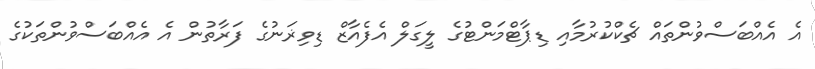
އެ އެއްބަސްވުންތައް ޗެކްކުރުމާއި ޑިޕާޓްމަންޓުގެ ލީގަލް އެފެއާޒް ޑިވިޜަނުގެ ފަރާތުން އެ އެއްބަސްވުންތަކުގެ